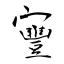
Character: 寷